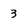
Character: 3